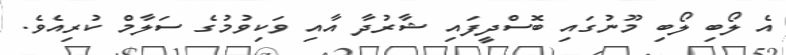
އެ ލޯބި ލޯބި މޫނުގައި ބޮސްދީފައި ޝާރުދާ އާއި ވަކިވުމުގެ ސަލާމް ކުރިއެވެ.